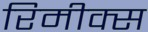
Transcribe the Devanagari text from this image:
रिमीक्स